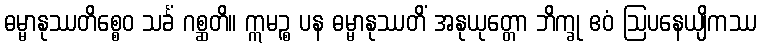
ဓမ္မာနုဿတိစ္စေဝ သင်္ခံ ဂစ္ဆတိ။ ဣမဉ္စ ပန ဓမ္မာနုဿတိံ အနုယုတ္တော ဘိက္ခု ဧဝံ ဩပနေယျိကဿ